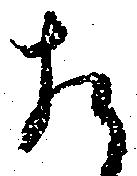
相